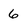
Character: 6